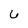
Character: 6